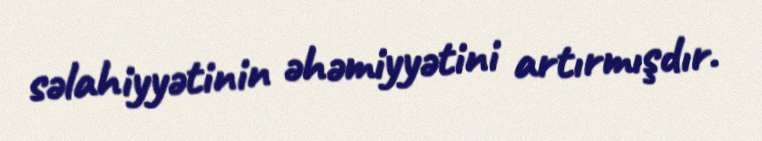
səlahiyyətinin əhəmiyyətini artırmışdır.